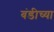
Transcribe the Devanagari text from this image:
बंडीच्या